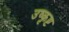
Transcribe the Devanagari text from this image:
उष्कृष्ट